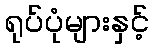
ရုပ်ပုံများနှင့်